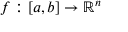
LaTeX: f : [ a , b ] \rightarrow \mathbb { R } ^ { n }